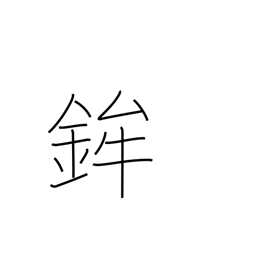
Meaning: festival float